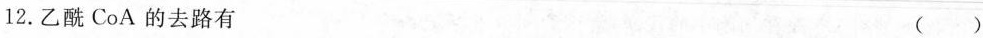
12.乙酰CoA的去路有 ( )